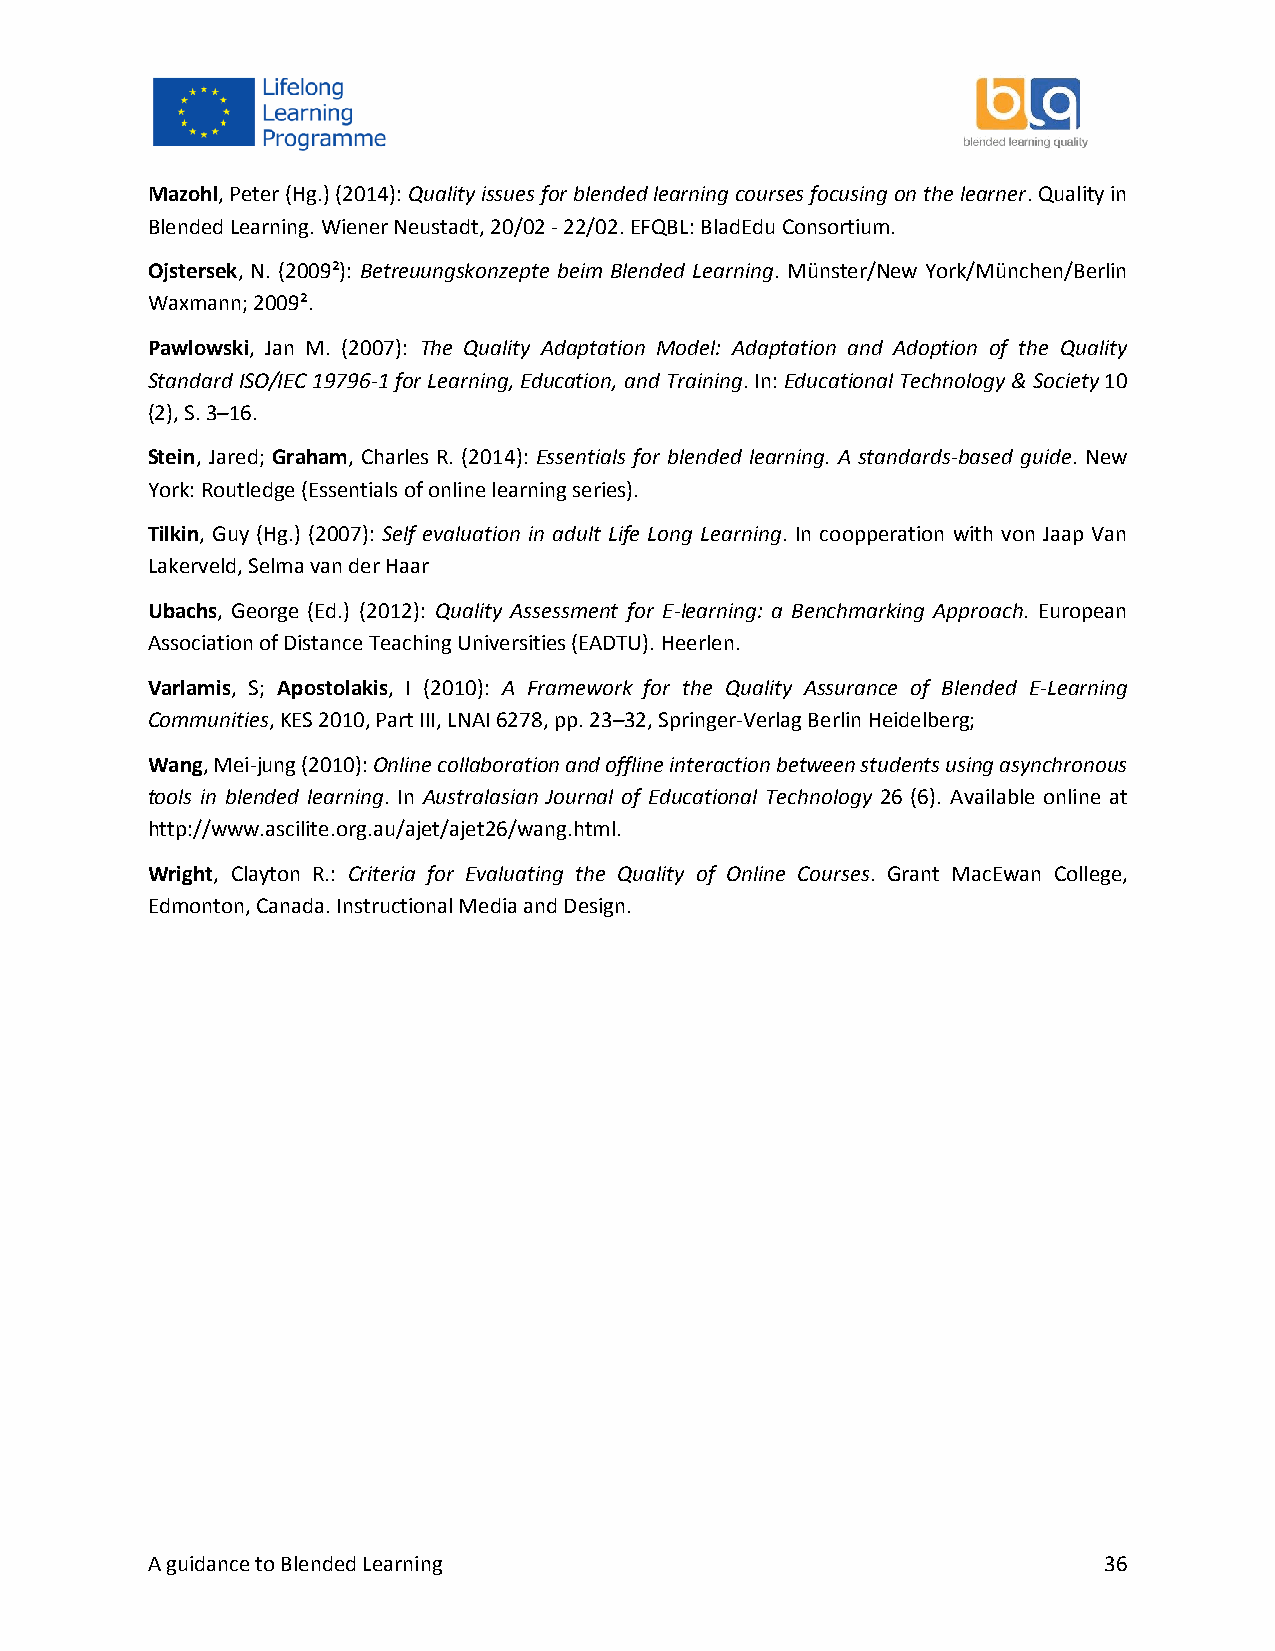
Mazohl, Peter (Hg.) (2014): Quality issues for blended learning courses focusing on the learner. Quality in
 Blended Learning. Wiener Neustadt, 20/02 - 22/02. EFQBL: BladEdu Consortium.
 Ojstersek, N. (2009²): Betreuungskonzepte beim Blended Learning. Münster/New York/München/Berlin
 Waxmann; 2009².
 Pawlowski, Jan M. (2007): The Quality Adaptation Model: Adaptation and Adoption of the Quality
 Standard ISO/IEC 19796-1 for Learning, Education, and Training. In: Educational Technology & Society 10
 (2), S. 3–16.
 Stein, Jared; Graham, Charles R. (2014): Essentials for blended learning. A standards-based guide. New
 York: Routledge (Essentials of online learning series).
 Tilkin, Guy (Hg.) (2007): Self evaluation in adult Life Long Learning. In coopperation with von Jaap Van
 Lakerveld, Selma van der Haar
 Ubachs, George (Ed.) (2012): Quality Assessment for E-learning: a Benchmarking Approach. European
 Association of Distance Teaching Universities (EADTU). Heerlen.
 Varlamis, S; Apostolakis, I (2010): A Framework for the Quality Assurance of Blended E-Learning
 Communities, KES 2010, Part III, LNAI 6278, pp. 23–32, Springer-Verlag Berlin Heidelberg;
 Wang, Mei-jung (2010): Online collaboration and offline interaction between students using asynchronous
 tools in blended learning. In Australasian Journal of Educational Technology 26 (6). Available online at
 http://www.ascilite.org.au/ajet/ajet26/wang.html.
 Wright, Clayton R.: Criteria for Evaluating the Quality of Online Courses. Grant MacEwan College,
 Edmonton, Canada. Instructional Media and Design.
 A guidance to Blended Learning                                 36